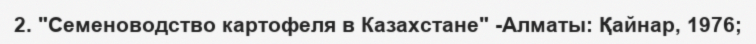
2. "Семеноводство картофеля в Казахстане" -Алматы: Қайнар, 1976;